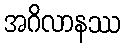
အဂိလာနဿ